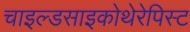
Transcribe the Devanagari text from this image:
चाइल्डसाइकोथेरेपिस्ट